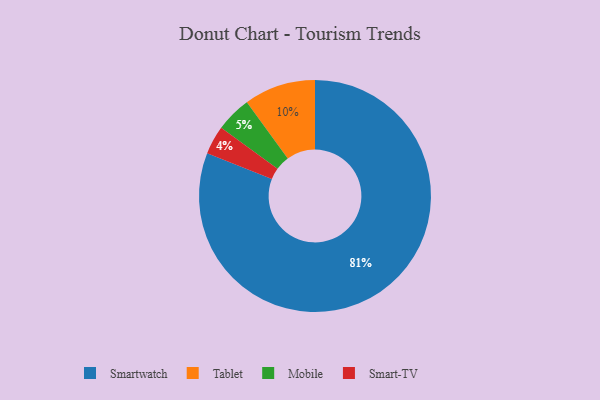
{"axis": {"x": "Category", "y": "Percentage"}, "legend": ["Mobile", "Smart-TV", "Smartwatch", "Tablet"], "data": [{"x": "Smartwatch", "y": 81, "type": "Smartwatch"}, {"x": "Mobile", "y": 5, "type": "Mobile"}, {"x": "Tablet", "y": 10, "type": "Tablet"}, {"x": "Smart-TV", "y": 4, "type": "Smart-TV"}]}